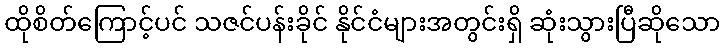
ထိုစိတ်ကြောင့်ပင် သဇင်ပန်းခိုင် နိုင်ငံများအတွင်းရှိ ဆုံးသွားပြီဆိုသော